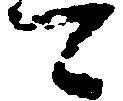
可